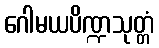
ဂေါမယပိဏ္ဍသုတ္တံ